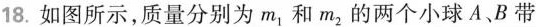
18.如图所示，质量分别为m1和m2的两个小球A、B带